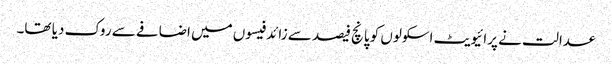
عدالت نے پرائیویٹ اسکولوں کو پانچ فیصد سے زائد فیسوں میں اضافے سے روک دیا تھا۔